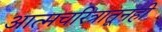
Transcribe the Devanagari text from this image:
आत्मचरित्रातूनही